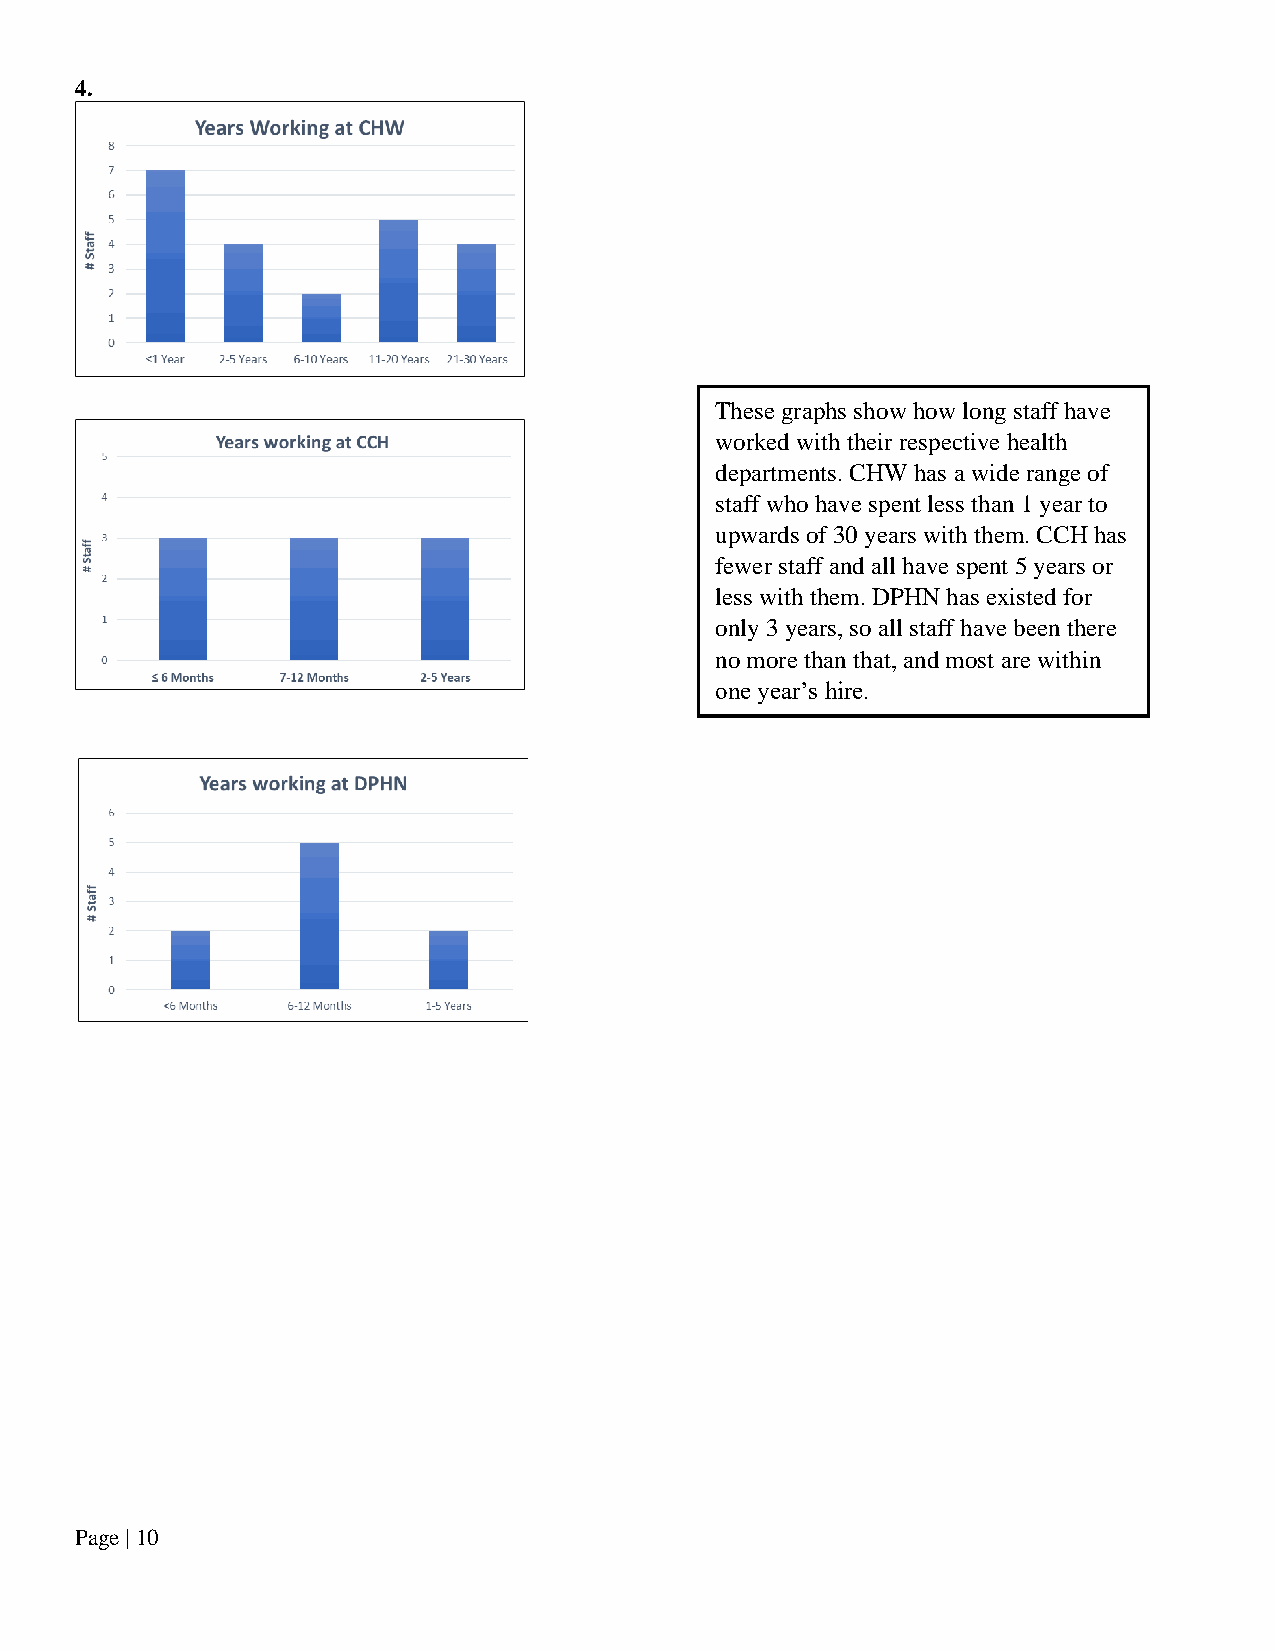
4.
 These graphs show how long staff have
 worked with their respective health
 departments. CHW has a wide range of
 staff who have spent less than 1 year to
 upwards of 30 years with them. CCH has
 fewer staff and all have spent 5 years or
 less with them. DPHN has existed for
 only 3 years, so all staff have been there
 no more than that, and most are within
 one year’s hire.
 Page | 10